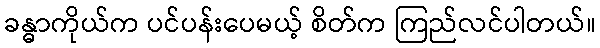
ခန္ဓာကိုယ်က ပင်ပန်းပေမယ့် စိတ်က ကြည်လင်ပါတယ်။